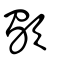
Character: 歜